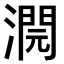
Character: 𣾬